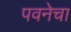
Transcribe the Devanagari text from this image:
पवनेचा